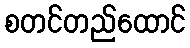
စတင်တည်ထောင်